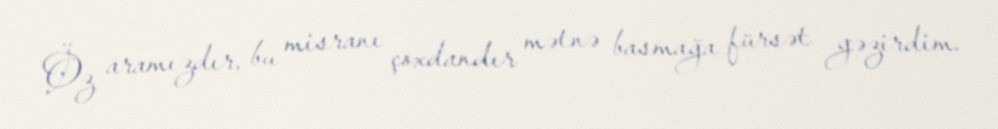
Öz aramızdır, bu misranı çoxdandır mətnə basmağa fürsət gəzirdim.